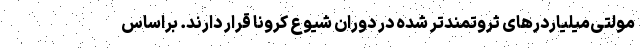
مولتی‌میلیاردرهای ثروتمندتر شده در دوران شیوع کرونا قرار دارند. براساس